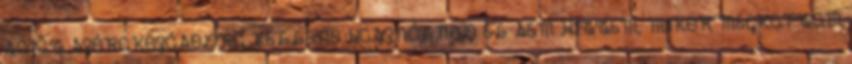
SAJÁT SZÓRAKOZÁSODRA KELLENE HASZNÁLNOD EL SEM HITTEM, MIKOR MEGKAPTAM